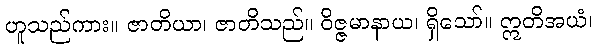
ဟူသည်ကား။ ဇာတိယာ၊ ဇာတိသည်။ ဝိဇ္ဇမာနာယ၊ ရှိသော်။ ဣတိအယံ၊